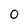
Character: 0